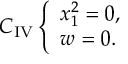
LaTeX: C _ { \mathrm { I V } } \left\{ \begin{array} { l } { { x _ { 1 } ^ { 2 } = 0 , } } \\ { { w = 0 . } } \end{array} \right.